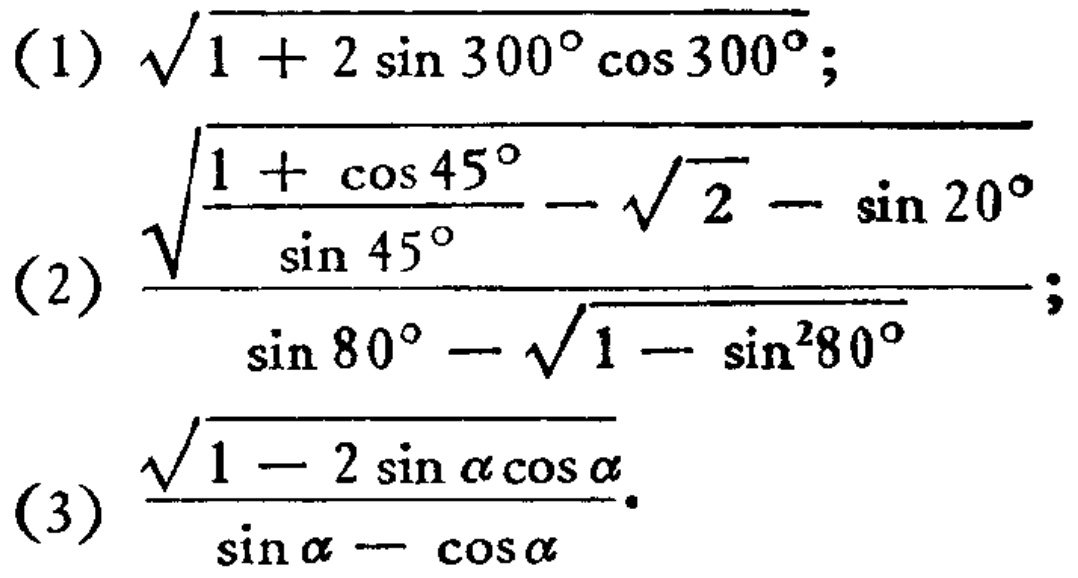
(1) $\sqrt{1 + 2\sin300^{\circ}\cos300^{\circ}}$;
(2) $\frac{\sqrt{\frac{1 + \cos45^{\circ}}{\sin45^{\circ}}}-\sqrt{2 - \sin20^{\circ}}}{\sin80^{\circ}-\sqrt{1 - \sin^{2}80^{\circ}}}$;
(3) $\frac{\sqrt{1 - 2\sin\alpha\cos\alpha}}{\sin\alpha - \cos\alpha}$.